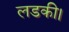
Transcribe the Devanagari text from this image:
लडकी।